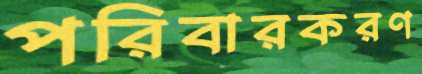
পরিবারকরণ